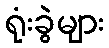
ရုံးခွဲများ